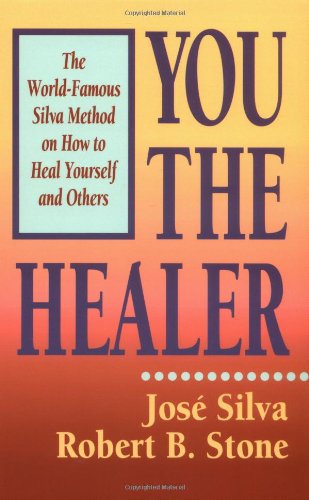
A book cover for You the Healer: The World-Famous Silva Method on How to Heal Yourself and Others; Robert B. Stone; Health, Fitness & Dieting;